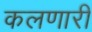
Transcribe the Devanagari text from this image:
कलणारी